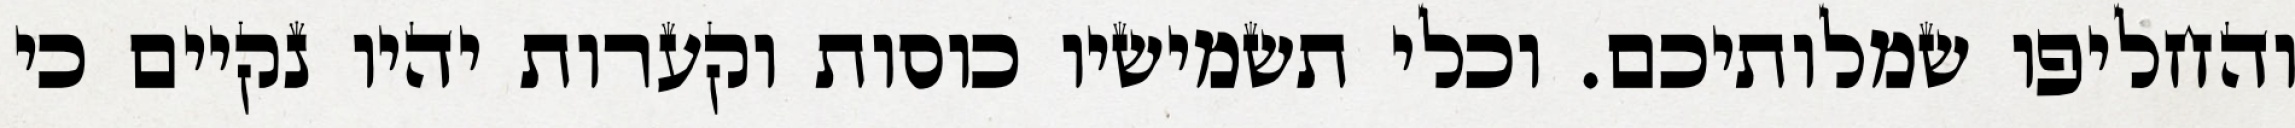
והחליפו שמלותיכם. וכלי תשמישיו כוסות וקערות יהיו נקיים כי